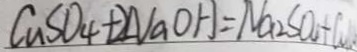
C u S O _ { 4 } + 2 N a O H = N a _ { 2 } S O _ { 4 } + C u